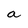
Character: a